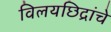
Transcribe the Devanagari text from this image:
विलयछिद्रांचे